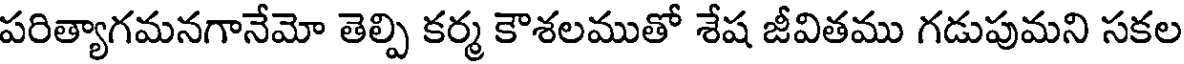
పరిత్యాగమనగానేమో తెల్పి కర్మ కౌశలముతో శేష జీవితము గడుపుమని సకల